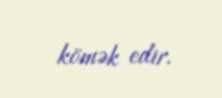
kömək edir.